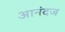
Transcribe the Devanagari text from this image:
आनंदज